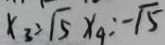
x _ { 3 } = \sqrt { 5 } x _ { 4 } = - \sqrt { 5 }